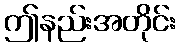
ဤနည်းအတိုင်း